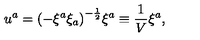
u ^ { a } = { \left( - \xi ^ { a } \xi _ { a } \right) } ^ { - { \frac { 1 } { 2 } } } \xi ^ { a } \equiv { \frac { 1 } { V } } \xi ^ { a } ,